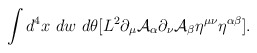
\begin{align*}\int d^4x~dw~d\theta [L^2 \partial_{\mu} {\cal A}_{\alpha} \partial_{\nu} {\cal A}_{\beta} \eta^{\mu \nu} \eta^{\alpha\beta}].\end{align*}